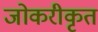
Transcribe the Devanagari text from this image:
जोकरीकृत